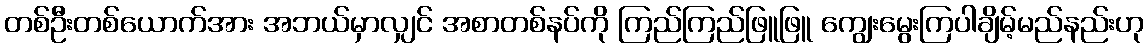
တစ်ဦးတစ်ယောက်အား အဘယ်မှာလျှင် အစာတစ်နပ်ကို ကြည်ကြည်ဖြူဖြူ ကျွေးမွေးကြပါချိမ့်မည်နည်းဟု